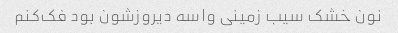
نون خشک سیب زمینی واسه دیروزشون بود فک‌کنم